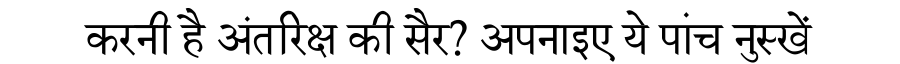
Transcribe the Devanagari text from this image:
करनी है अंतरिक्ष की सैर? अपनाइए ये पांच नुस्खें